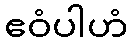
ဧဝံပါဟံ